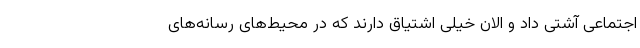
اجتماعی آشتی داد و الان خیلی اشتیاق دارند که در محیط‌های رسانه‌های